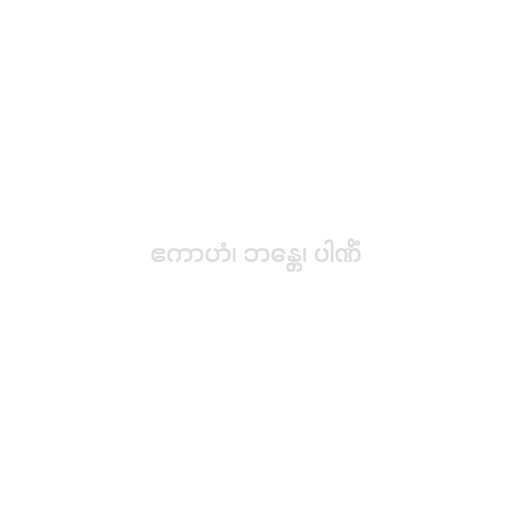
ဧကာဟံ၊ ဘန္တေ၊ ပါဏိံ